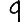
Digit: 9